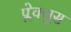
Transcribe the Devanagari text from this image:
प्लेक्सुस